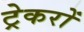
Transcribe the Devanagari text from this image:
ट्रेकरों